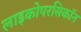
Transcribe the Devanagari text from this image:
लाइकोपरसिकॉन